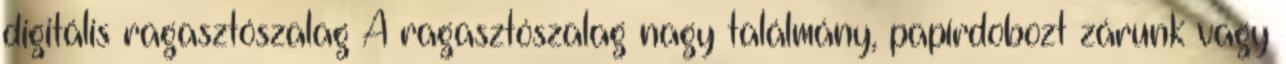
digitális ragasztószalag A ragasztószalag nagy találmány, papírdobozt zárunk vagy